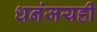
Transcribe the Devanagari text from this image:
धनंजयही